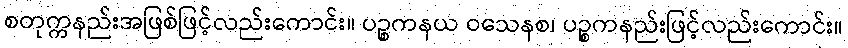
စတုက္ကနည်းအဖြစ်ဖြင့်လည်းကောင်း။ ပဉ္စကနယ ဝသေနစ၊ ပဉ္စကနည်းဖြင့်လည်းကောင်း။